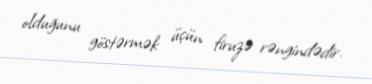
olduğunu göstərmək üçün firuzə rəngindədir.